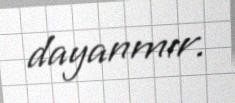
dayanmır.